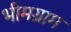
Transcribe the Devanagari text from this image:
भीमग्राम